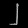
Digit: ၂